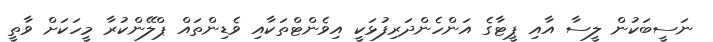
ނަސީބަކުން ލީސާ އާއި ޕީޓާގެ އަންހެންދަރިފުޅަކީ އިވެންޓްތަކާއި ވެޑިންތައް ޕްލޭންކުރާ މީހަކަށް ވާތީ